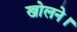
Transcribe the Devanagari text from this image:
खोलने।